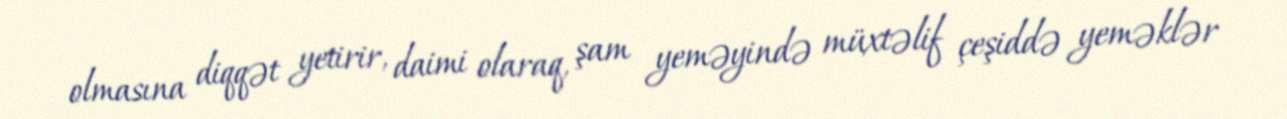
olmasına diqqət yetirir, daimi olaraq, şam yeməyində müxtəlif çeşiddə yeməklər